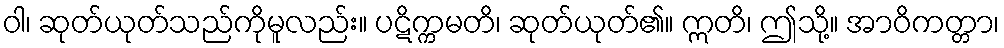
ဝါ၊ ဆုတ်ယုတ်သည်ကိုမူလည်း။ ပဋိက္ကမတိ၊ ဆုတ်ယုတ်၏။ ဣတိ၊ ဤသို့။ အာဝိကတ္တာ၊